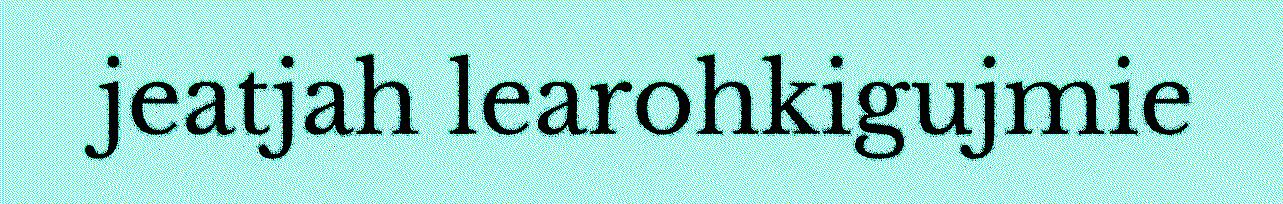
jeatjah learohkigujmie